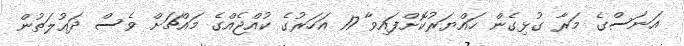
އަނަސްގެ މަރާ ގުޅިގެން ހައްޔަރުކޮށްފައިވާ 17 އަހަރުގެ ކުއްޖެއްގެ މައްޗަށް ވެސް ދައުލަތުން